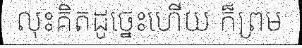
លុះគិតដូច្នេះហើយ ក៏ព្រម